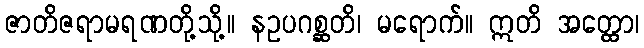
ဇာတိဇရာမရဏတို့သို့။ နဥပဂစ္ဆတိ၊ မရောက်။ ဣတိ အတ္ထော၊